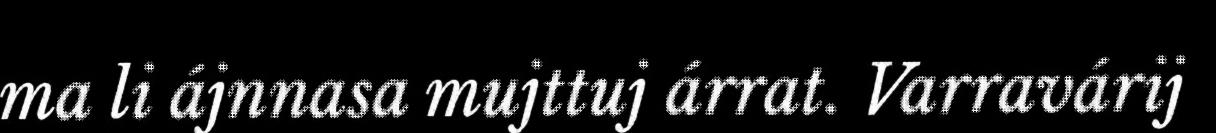
ma li ájnnasa mujttuj árrat. Varravárij